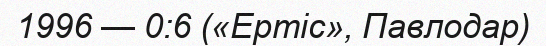
1996 — 0:6 («Ертіс», Павлодар)